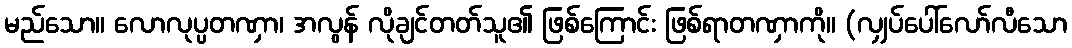
မည်သော။ လောလုပ္ပတဏှာ၊ အလွန် လိုချင်တတ်သူ၏ ဖြစ်ကြောင်း ဖြစ်ရာတဏှာကို။ (လျှပ်ပေါ်လော်လီသော